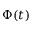
\Phi ( t )